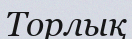
Торлық